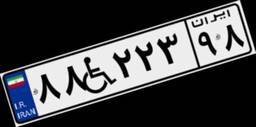
۸۸W۲۲۳۹۸